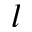
l